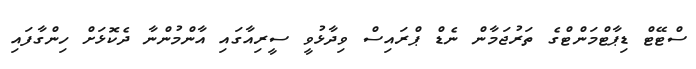
ސްޓޭޓް ޑިޕާޓްމަންޓްގެ ތަރުޖަމާން ނެޑް ޕްރައިސް ވިދާޅުވީ ސީރިއާގައި އާންމުންނާ ދެކޮޅަށް ހިންގާފައި